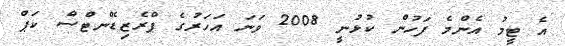
އެ ޓީމު އެންމެ ފަހުން ކުޅުނީ 2008 ވަނަ އަހަރުގެ ޕްރެޒިޑެންޓްސް ކަޕް